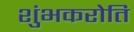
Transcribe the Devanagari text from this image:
शुंभकरोति